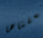
فعلناها